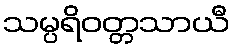
သမ္ပရိဝတ္တသာယီ